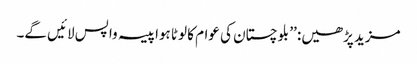
مزید پڑھیں: ’’ بلوچستان کی عوام کا لوٹا ہوا پیسہ واپس لائیں گے۔